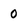
Character: 0